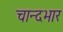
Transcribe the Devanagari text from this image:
चान्दभार